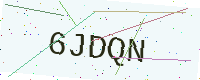
Text: 6JDQN